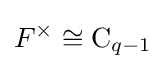
F^{\times }\cong \mathrm {C} _{q-1}